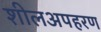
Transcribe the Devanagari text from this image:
शीलअपहरण